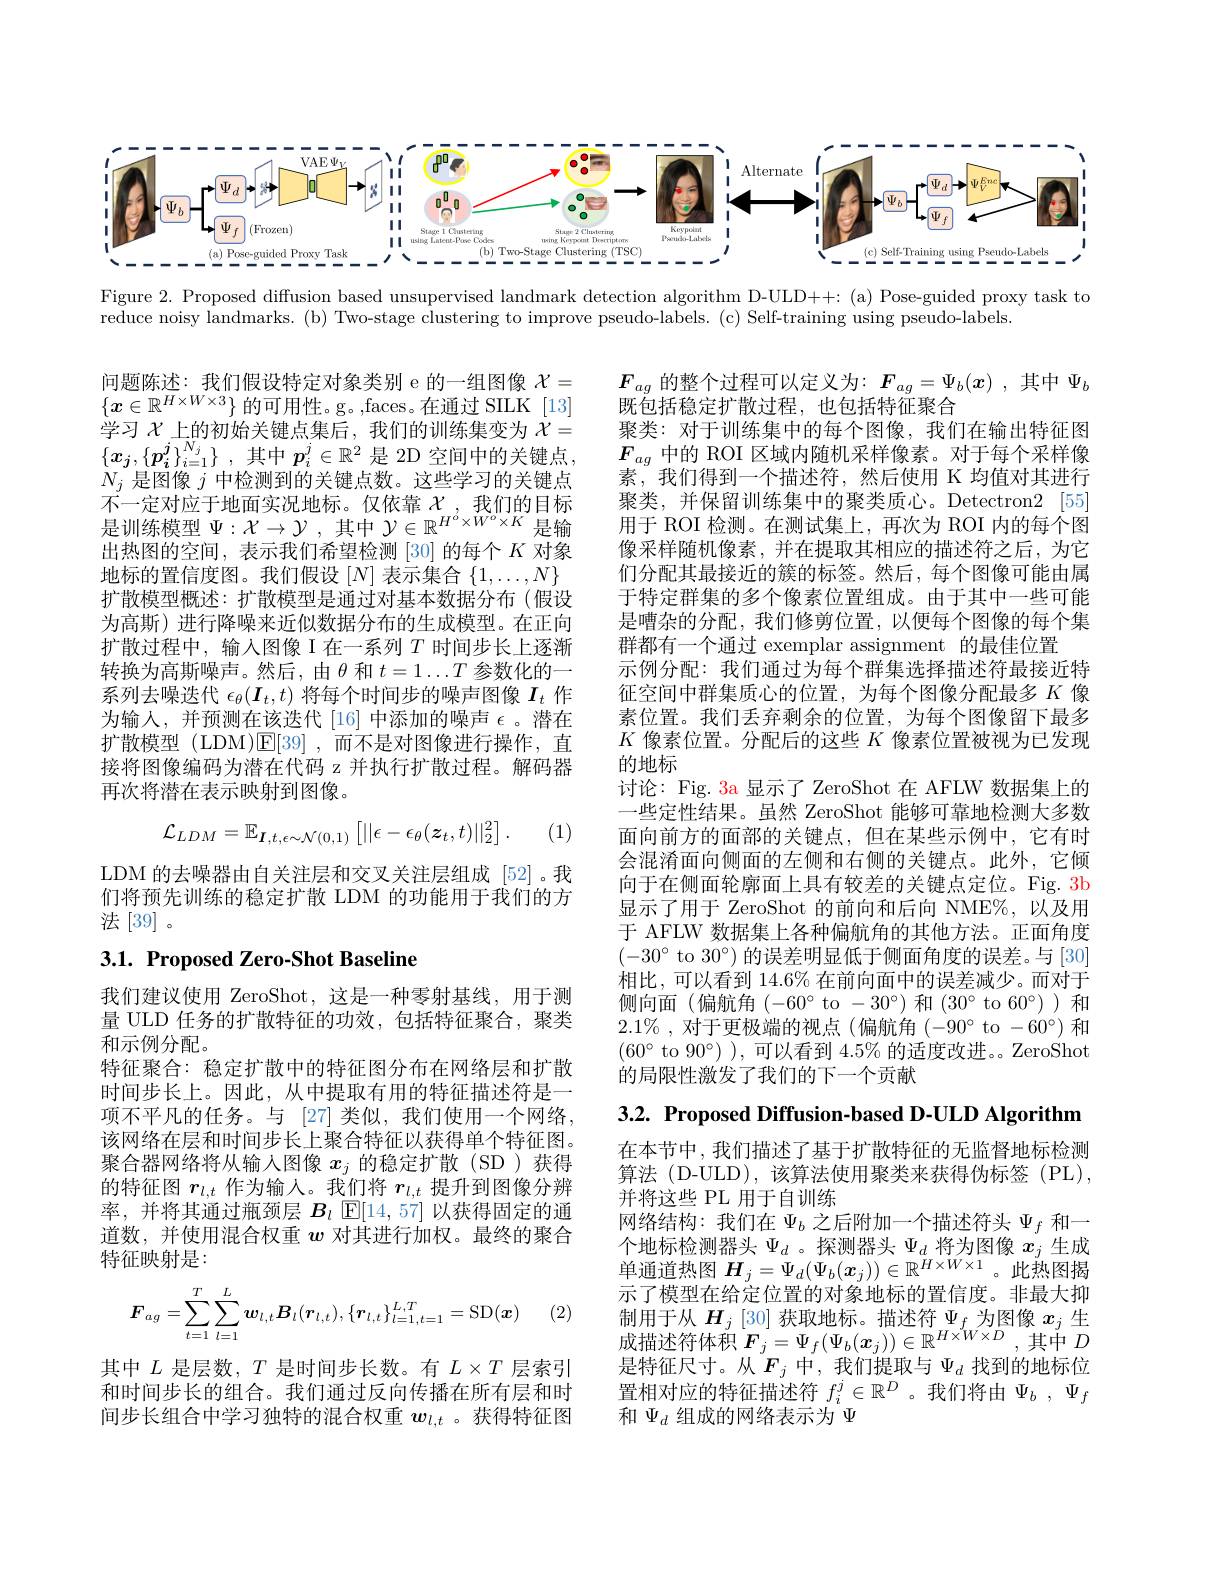
<FigureHere>

Figure 2. Proposed diffusion based unsupervised landmark detection algorithm D-ULD++:(a) Pose-guided proxy task to

reduce noisy landmarks. (b) Two-stage clustering to improve pseudo-labels. (c) Self-training using pseudo-labels

问题陈述：我们假设特定对象类别 e 的一组图像$\mathcal{X}=$ $\{x\in\mathbb{R}^{H\times W\times3}\}$的可用性。g。,faces。在通过 SILK [13] 学习$\chi$上的初始关键点集后，我们的训练集变为$\chi=$ $\{ x_j, \{ p_i^j\} _{i= 1}^{N_j}\}$ ,其中$p_i^j\in\mathbb{R}^2$是 2D 空间中的关键点， $N_j$是图像$j$中检测到的关键点数。这些学习的关键点不一定对应于地面实况地标。仅依靠$\chi$ ,我们的目标是训练模型$\Psi:\mathcal{X}\to\mathcal{Y}$,其中 $\mathcal{Y}\in\mathbb{R}^H^o\times W^o\times K$ 是输出热图的空间，表示我们希望检测[30]的每个$K$ 对象地标的置信度图。我们假设$[N]$表示集合$\{1,\ldots,N\}$ 扩散模型概述：扩散模型是通过对基本数据分布(假设为高斯)进行降噪来近似数据分布的生成模型。在正向扩散过程中，输入图像 I 在一系列$T$时间步长上逐渐转换为高斯噪声。然后，由$\theta$和$t=1\ldots T$参数化的一系列去噪迭代$\epsilon_\theta(\boldsymbol{I}_t,t)$将每个时间步的噪声图像$I_t$作为输入，并预测在该迭代[16]中添加的噪声$\epsilon$。潜在扩散模型 (LDM)$\mathsf{E}[39]$,而不是对图像进行操作，直接将图像编码为潜在代码 z 并执行扩散过程。解码器再次将潜在表示映射到图像。

$F_{ag}$ 的整个过程可以定义为：$F_ag=\Psi_b(x)$,其中$\Psi_b$
既包括稳定扩散过程，也包括特征聚合
聚类：对于训练集中的每个图像，我们在输出特征图$F_{ag}$中的 ROI 区域内随机采样像素。对于每个采样像素，我们得到一个描述符，然后使用 K 均值对其进行聚类，并保留训练集中的聚类质心。Detectron2 [55用于 ROI 检测。在测试集上，再次为 ROI 内的每个图像采样随机像素，并在提取其相应的描述符之后，为它们分配其最接近的簇的标签。然后，每个图像可能由属于特定群集的多个像素位置组成。由于其中一些可能是嘈杂的分配，我们修剪位置，以便每个图像的每个集群都有一个通过 exemplar assignment 的最佳位置
示例分配：我们通过为每个群集选择描述符最接近特征空间中群集质心的位置，为每个图像分配最多$K$像素位置。我们丢弃剩余的位置，为每个图像留下最多$K$像素位置。分配后的这些$K$像素位置被视为已发现的地标
讨论：Fig. 3a 显示了 ZeroShot 在 AFLW 数据集上的一些定性结果。虽然 ZeroShot 能够可靠地检测大多数面向前方的面部的关键点，但在某些示例中，它有时会混淆面向侧面的左侧和右侧的关键点。此外，它倾向于在侧面轮廓面上具有较差的关键点定位。Fig. 3b 显示了用于 ZeroShot 的前向和后向 NME%,以及用于 AFLW 数据集上各种偏航角的其他方法。正面角度$(-30^\circ$ to $30^\circ)$ 的误差明显低于侧面角度的误差。与[30] 相比，可以看到 14.6% 在前向面中的误差减少。而对于侧向面(偏航角(-60^{$\circ to -30^{\circ}) 和(30^{\circ} to 60^{\circ})) 和$ $2.1\%$,对于更极端的视点(偏航角(-90°to-60°)和$(60^{\circ}$ to $90^{\circ})$ ), 可以看到 4.5% 的适度改进。。ZeroShot 的局限性激发了我们的下一个贡献
$$\mathcal{L}_{LDM}=\mathbb{E}_{\boldsymbol{I},t,\epsilon\sim\mathcal{N}(0,1)}\left[||\epsilon-\epsilon_{\theta}(\boldsymbol{z}_{t},t)||_{2}^{2}\right].$$
(1

LDM 的去噪器由自关注层和交叉关注层组成[52]。我们将预先训练的稳定扩散 LDM 的功能用于我们的方法[39]。

## 3.1. Proposed Zero-Shot Baseline

3.2. Proposed Diffusion-based D-ULD Algorithm

我们建议使用 ZeroShot,这是一种零射基线，用于测量 ULD 任务的扩散特征的功效，包括特征聚合，聚类和示例分配。
特征聚合：稳定扩散中的特征图分布在网络层和扩散时间步长上。因此，从中提取有用的特征描述符是一项不平凡的任务。与 [27] 类似，我们使用一个网络， 该网络在层和时间步长上聚合特征以获得单个特征图。聚合器网络将从输入图像$x_j$的稳定扩散(SD)获得的特征图$r_{l,t}$作为输入。我们将$r_l,t$提升到图像分辨率，并将其通过瓶颈层$B_l$ $\mathbb{E}[14,57]$以获得固定的通道数，并使用混合权重$w$对其进行加权。最终的聚合特征映射是：

在本节中，我们描述了基于扩散特征的无监督地标检测算法 (D-ULD), 该算法使用聚类来获得伪标签 (PL), 并将这些 PL 用于自训练
网络结构：我们在$\Psi_b$ 之后附加一个描述符头$\Psi_f$ 和一众地坛论测器习 亚 经测器习 亚 修为网络 $_{\mathrm{o}}$ 生成个 地 标 检 测 器 头 $\Psi _{d}$ 。探 测 器 头 $\Psi _{d}$ 将 为 图 像 $x_{j}$ 生 成 单 通 道 热 图 $H_{j}= \Psi _{d}( \Psi _{b}( x_{j}) ) \in \mathbb{R} ^{H\times W\times 1}$。此 热 图 揭示了模型在给定位置的对象地标的置信度。非最大抑制用于从$\boldsymbol{H}_j$ [30] 获取地标。描述符$\Psi_f$为图像$x_j$生成描述符体积$F_j=\Psi_f(\Psi_b(x_j))\in\mathbb{R}^{H\times W\times D}$,其中$D$ 是特征尺寸。从$F_j$ 中，我们提取与$\Psi_d$ 找到的地标位置相对应的特征描述符$f_i^j\in\mathbb{R}^D$ 。我们将由$\Psi_b,\Psi_f$ 和$\Psi_d$组成的网络表示为$\Psi$
$$\boldsymbol{F}_{ag}=\sum_{t=1}^{T}\sum_{l=1}^{L}\boldsymbol{w}_{l,t}\boldsymbol{B}_{l}(\boldsymbol{r}_{l,t}),\{\boldsymbol{r}_{l,t}\}_{l=1,t=1}^{L,T}=\mathrm{SD}(\boldsymbol{x})$$
(2

其中$L$是层数，$T$是时间步长数。有$L\times T$层索引和时间步长的组合。我们通过反向传播在所有层和时间步长组合中学习独特的混合权重$w_{l,t}$ 。获得特征图